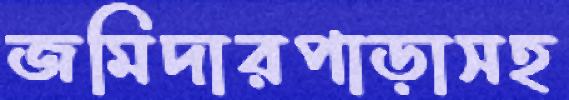
জমিদারপাড়াসহ